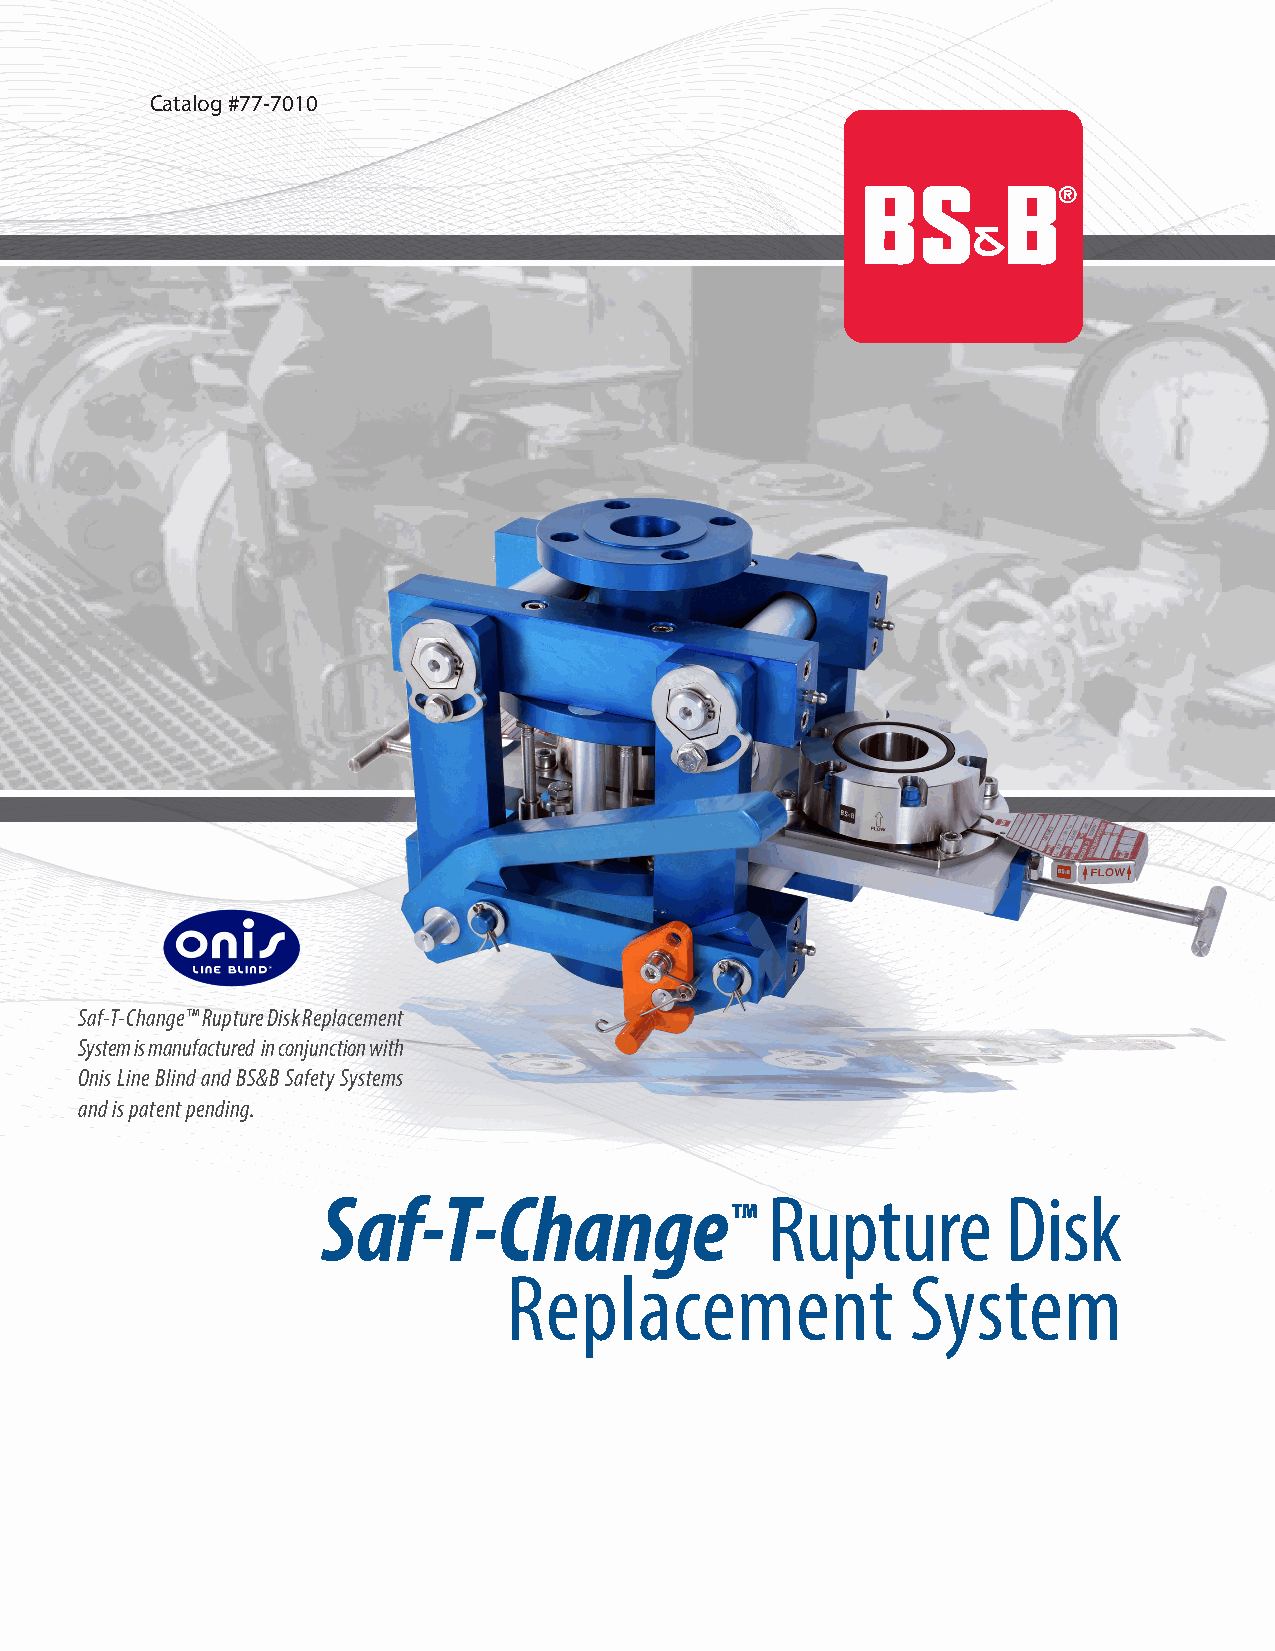
Catalog #77-7010
 Saf-T-Change™ Rupture Disk Replacement
 System is manufactured in conjunction with
 Onis Line Blind and BS&B Safety Systems
 and is patent pending.
 Saf-T-Change                  Rupture         Disk
 ™
 Replacement               System